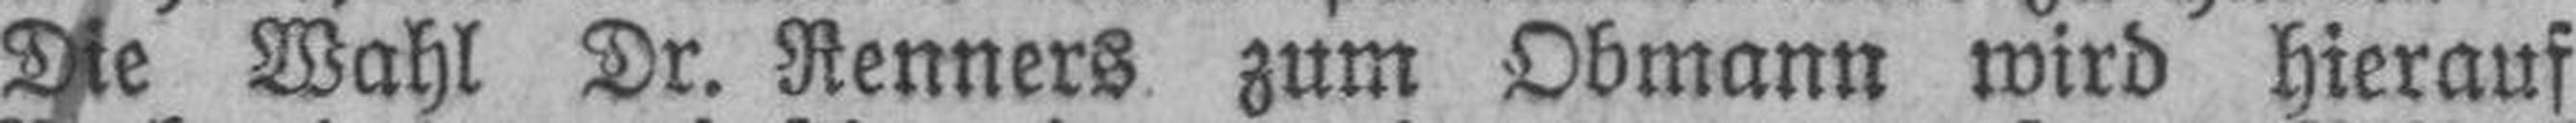
Die Wahl Dr. Renners zum Obmann wird hierauf